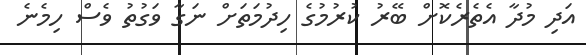
އަދި މުދާ އެތެރެކޮށް ބޭރު ކުރުމުގެ ހިދުމަތަށް ނަގާ ވަގުތު ވެސް ހިމެނެ